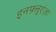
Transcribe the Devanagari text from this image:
इनफ़्लुएंज़ा